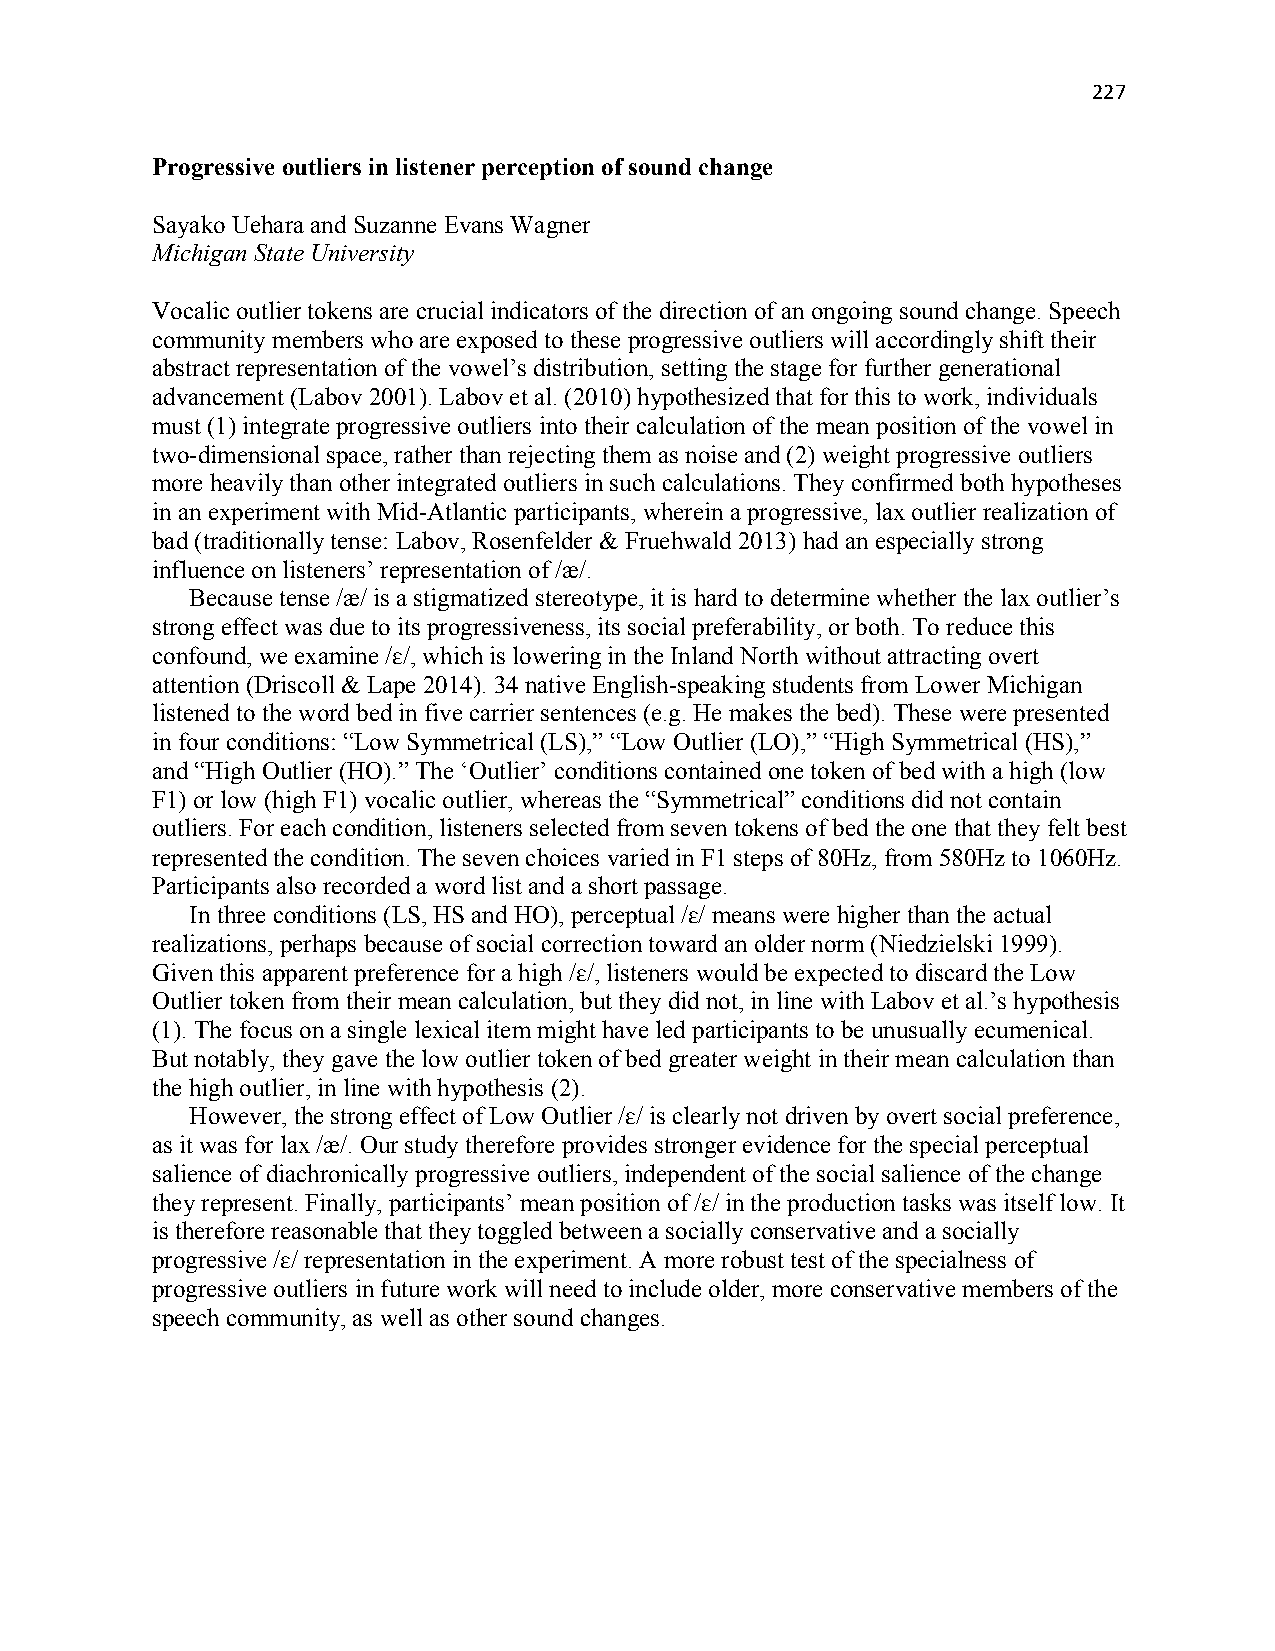
227
 Progressive outliers in listener perception of sound change
 Sayako Uehara and Suzanne Evans Wagner
 Michigan State University
 Vocalic outlier tokens are crucial indicators of the direction of an ongoing sound change. Speech
 community members who are exposed to these progressive outliers will accordingly shift their
 abstract representation of the vowel’s distribution, setting the stage for further generational
 advancement (Labov 2001). Labov et al. (2010) hypothesized that for this to work, individuals
 must (1) integrate progressive outliers into their calculation of the mean position of the vowel in
 two-dimensional space, rather than rejecting them as noise and (2) weight progressive outliers
 more heavily than other integrated outliers in such calculations. They confirmed both hypotheses
 in an experiment with Mid-Atlantic participants, wherein a progressive, lax outlier realization of
 bad (traditionally tense: Labov, Rosenfelder & Fruehwald 2013) had an especially strong
 influence on listeners’ representation of /æ/.
 Because tense /æ/ is a stigmatized stereotype, it is hard to determine whether the lax outlier’s
 strong effect was due to its progressiveness, its social preferability, or both. To reduce this
 confound, we examine /ɛ/, which is lowering in the Inland North without attracting overt
 attention (Driscoll & Lape 2014). 34 native English-speaking students from Lower Michigan
 listened to the word bed in five carrier sentences (e.g. He makes the bed). These were presented
 in four conditions: “Low Symmetrical (LS),” “Low Outlier (LO),” “High Symmetrical (HS),”
 and “High Outlier (HO).” The ‘Outlier’ conditions contained one token of bed with a high (low
 F1) or low (high F1) vocalic outlier, whereas the “Symmetrical” conditions did not contain
 outliers. For each condition, listeners selected from seven tokens of bed the one that they felt best
 represented the condition. The seven choices varied in F1 steps of 80Hz, from 580Hz to 1060Hz.
 Participants also recorded a word list and a short passage.
 In three conditions (LS, HS and HO), perceptual /ɛ/ means were higher than the actual
 realizations, perhaps because of social correction toward an older norm (Niedzielski 1999).
 Given this apparent preference for a high /ɛ/, listeners would be expected to discard the Low
 Outlier token from their mean calculation, but they did not, in line with Labov et al.’s hypothesis
 (1). The focus on a single lexical item might have led participants to be unusually ecumenical.
 But notably, they gave the low outlier token of bed greater weight in their mean calculation than
 the high outlier, in line with hypothesis (2).
 However, the strong effect of Low Outlier /ɛ/ is clearly not driven by overt social preference,
 as it was for lax /æ/. Our study therefore provides stronger evidence for the special perceptual
 salience of diachronically progressive outliers, independent of the social salience of the change
 they represent. Finally, participants’ mean position of /ɛ/ in the production tasks was itself low. It
 is therefore reasonable that they toggled between a socially conservative and a socially
 progressive /ɛ/ representation in the experiment. A more robust test of the specialness of
 progressive outliers in future work will need to include older, more conservative members of the
 speech community, as well as other sound changes.